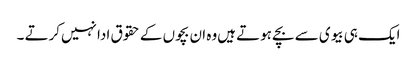
ایک ہی بیوی سے بچے ہوتے ہیں‌وہ ان بچوں کے حقوق ادا نہیں‌کرتے ۔